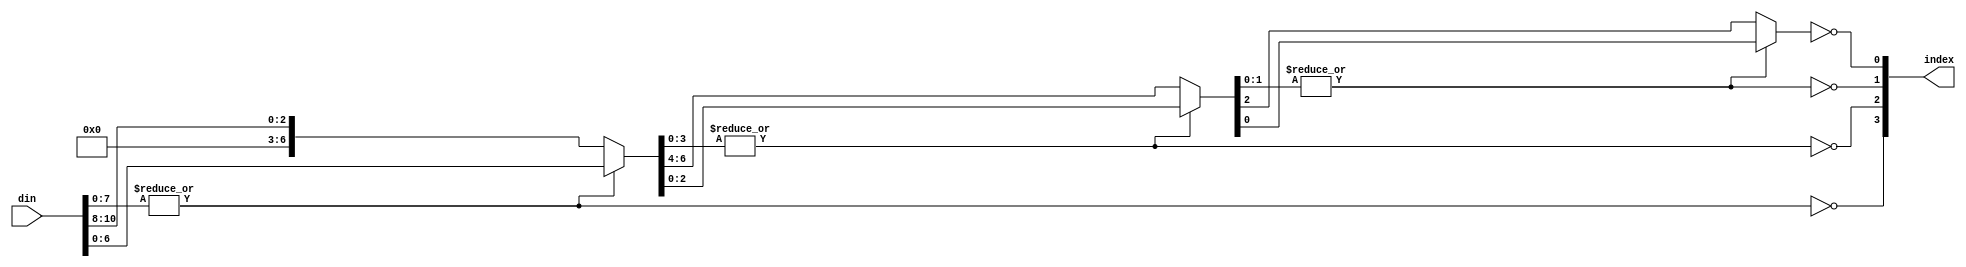
/* find_one
 * description: find
 * version: V0
 * 
 */
module find_one(
	input [10:0] din,			// input data, 11-bit
	output [3:0] index			// output index data, 4-bit
);

wire [7:0] tmp0;
wire [4:0] tmp1;
wire [1:0] tmp2;

assign index[3] = ~(|din[7:0]);
assign tmp0 = index[3] ? {5'b0000_0, din[10:8]} : din[7:0];

assign index[2] = ~(|tmp0[3:0]);
assign tmp1 = index[2] ? tmp0[7:4] : tmp0[3:0];

assign index[1] = ~(|tmp1[1:0]);
assign tmp2 = index[1] ? tmp1[3:2] : tmp1[1:0];

assign index[0] = ~tmp2[0];

endmodule